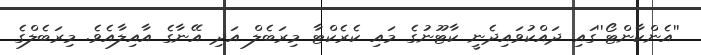
''އެންކާންޓޯ''ގައި ދައްކުވައިިދެނީ ކާޓޫނުގެ މައި ކެރެކްޓާ މިރަބެލް އަދި އޭނާގެ އާއިލާއެވެ. މިރަބެލްގެ